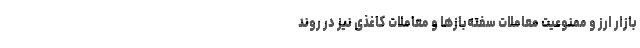
بازار ارز و ممنوعیت معاملات سفته‌بازها و معاملات کاغذی نیز در روند